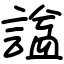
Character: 諡